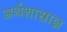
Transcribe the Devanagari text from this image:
अर्थशास्त्राज्ञ